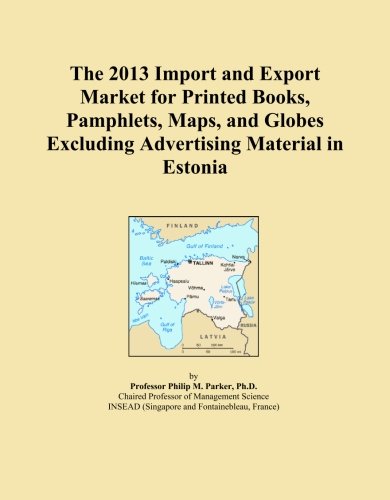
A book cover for The 2013 Import and Export Market for Printed Books, Pamphlets, Maps, and Globes Excluding Advertising Material in Estonia; Icon Group International; Travel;